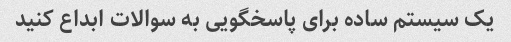
یک سیستم ساده برای پاسخگویی به سوالات ابداع کنید